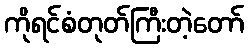
ကိုရင်စံတုတ်ကြီးတဲ့တော်